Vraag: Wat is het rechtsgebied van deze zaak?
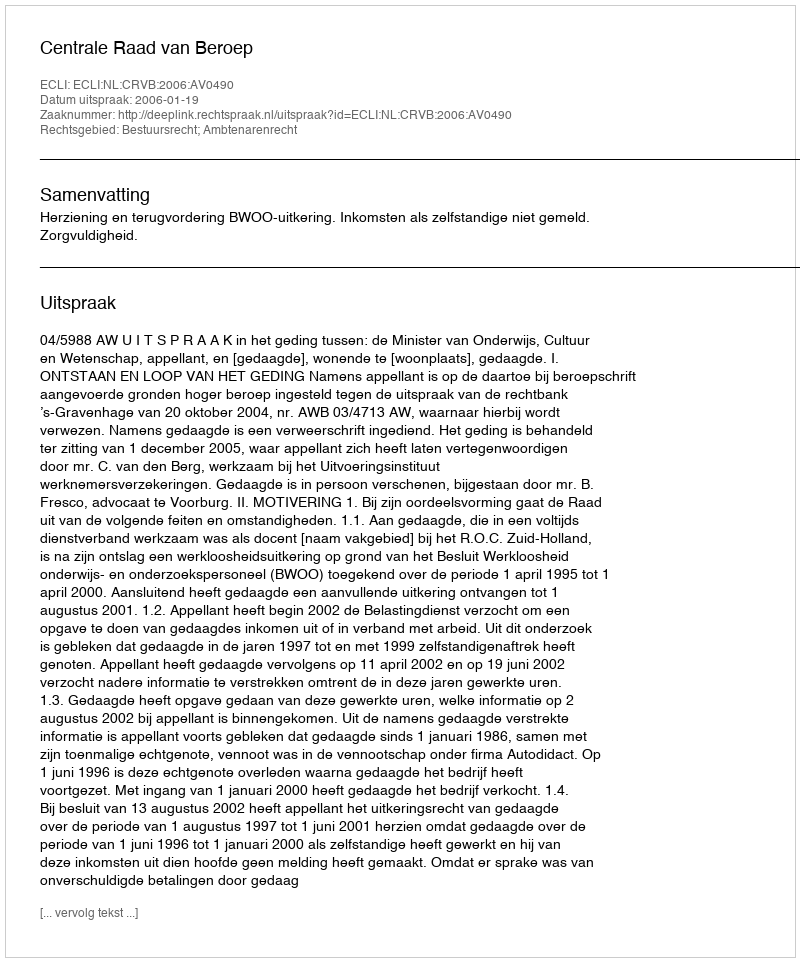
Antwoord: Bestuursrecht; Ambtenarenrecht